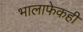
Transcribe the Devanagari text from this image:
भालाफेकही